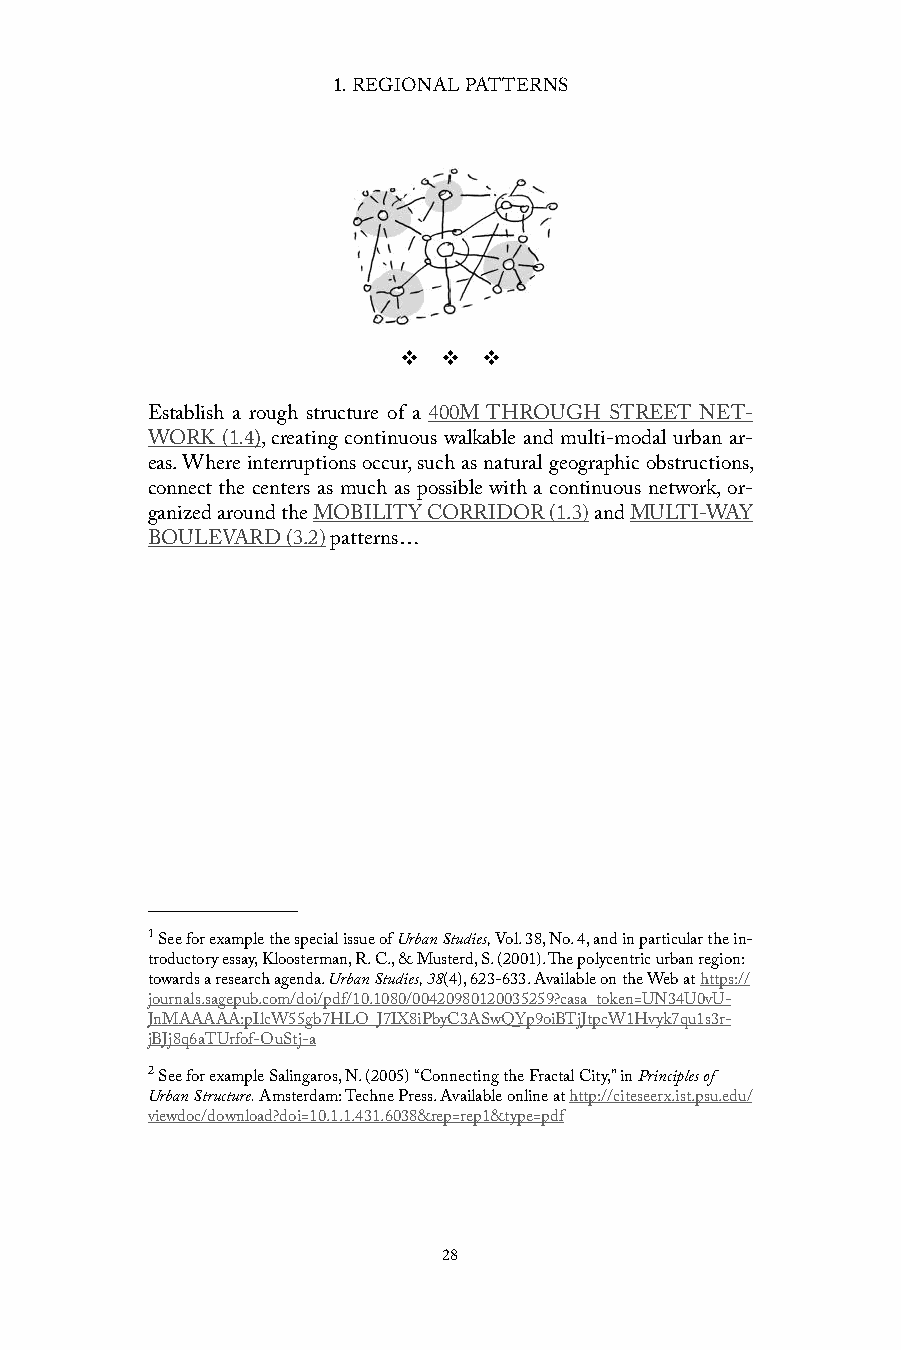
1. REGIONAL PATTERNS
 v  v  v
 Establish a rough structure of a 400M THROUGH STREET NET-
 .4)
 WORK (1 , creating continuous walkable and multi-modal urban ar-
 eas. Where interruptions occur, such as natural geographic obstructions,
 connect the centers as much as possible with a continuous network, or-
 ganized around the MOBILITY CORRIDOR (1.3) and MULTI-WAY
 BOULEVARD (3.2) patterns…
 1 See for example the special issue of Urban Studies, Vol. 38, No. 4, and in particular the in-
 troductory essay, Kloosterman, R. C., & Musterd, S. (2001). The polycentric urban region:
 towards a research agenda. Urban Studies, 38(4), 623-633. Available on the Web at https://
 journals.sagepub.com/doi/pdf/10.1080/00420980120035259?casa_token=UN34U0vU-
 JnMAAAAA:pIlcW55gb7HLO_J7IX8iPbyC3ASwQYp9oiBTjJtpcW1Hvyk7qu1s3r-
 jBJj8q6aTUrfof-OuStj-a
 2 See for example Salingaros, N. (2005) “Connecting the Fractal City,” in Principles of
 Urban Structure. Amsterdam: Techne Press. Available online at http://citeseerx.ist.psu.edu/
 viewdoc/download?doi=10.1.1.431.6038&rep=rep1&type=pdf
 28